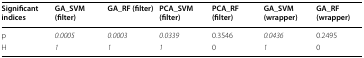
| Significant indices | GA_SVM (filter) | GA_RF (filter) | PCA_SVM (filter) | PCA_RF (filter) | GA_SVM (wrapper) | GA_RF (wrapper) |
 | --- | --- | --- | --- | --- | --- | --- |
 | p | 0.0005 | 0.0003 | 0.0339 | 0.3546 | 0.0436 | 0.2495 |
 | H | 1 | 1 | 1 | 0 | 1 | 0 |